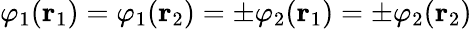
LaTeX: \varphi_{1}(\mathbf{r}_{1})=\varphi_{1}(\mathbf{r}_{2})=\pm\varphi_{2}(\mathbf{r}_{1})=\pm\varphi_{2}(\mathbf{r}_{2})